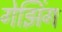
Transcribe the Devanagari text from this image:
गेझिंग